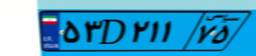
۷۱D۶۱۷۷۰